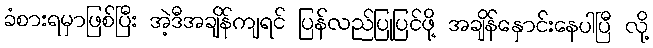
ခံစားရမှာဖြစ်ပြီး အဲ့ဒီအချိန်ကျရင် ပြန်လည်ပြုပြင်ဖို့ အချိန်နှောင်းနေပါပြီ လို့